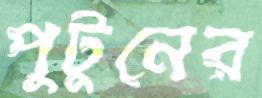
পুটুনের